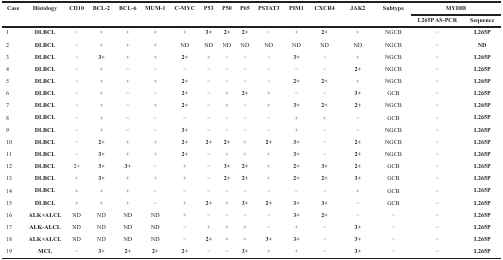
<table><thead><tr><td rowspan="2"><b>Case</b></td><td rowspan="2"><b>Histology</b></td><td rowspan="2"><b>CD10</b></td><td rowspan="2"><b>BCL-2</b></td><td rowspan="2"><b>BCL-6</b></td><td rowspan="2"><b>MUM-1</b></td><td rowspan="2"><b>C-MYC</b></td><td rowspan="2"><b>P53</b></td><td rowspan="2"><b>P50</b></td><td rowspan="2"><b>P65</b></td><td rowspan="2"><b>PSTAT3</b></td><td rowspan="2"><b>PIM1</b></td><td rowspan="2"><b>CXCR4</b></td><td rowspan="2"><b>JAK2</b></td><td rowspan="2"><b>Subtype</b></td><td colspan="2"><b>MYD88</b></td></tr><tr><td><b>L265P AS-PCR</b></td><td><b>Sequence</b></td></tr></thead><tbody><tr><td>1</td><td><b>DLBCL</b></td><td>−</td><td>+</td><td>+</td><td>+</td><td>+</td><td><b>3+</b></td><td><b>2+</b></td><td><b>2+</b></td><td>−</td><td>+</td><td><b>2+</b></td><td>+</td><td>NGCB</td><td>−</td><td><b>L265P</b></td></tr><tr><td>2</td><td><b>DLBCL</b></td><td>−</td><td>+</td><td>+</td><td>+</td><td>ND</td><td>ND</td><td>ND</td><td>ND</td><td>ND</td><td>ND</td><td>ND</td><td>ND</td><td>NGCB</td><td>−</td><td><b>ND</b></td></tr><tr><td>3</td><td><b>DLBCL</b></td><td>−</td><td><b>3+</b></td><td>+</td><td>+</td><td><b>2+</b></td><td>+</td><td>−</td><td>−</td><td>−</td><td><b>3+</b></td><td>−</td><td>+</td><td>NGCB</td><td>−</td><td><b>L265P</b></td></tr><tr><td>4</td><td><b>DLBCL</b></td><td>−</td><td>+</td><td>−</td><td>−</td><td>−</td><td>−</td><td>−</td><td>−</td><td>−</td><td>−</td><td>−</td><td><b>2+</b></td><td>NGCB</td><td>−</td><td><b>L265P</b></td></tr><tr><td>5</td><td><b>DLBCL</b></td><td>−</td><td>+</td><td>+</td><td>+</td><td><b>2+</b></td><td>−</td><td>−</td><td>−</td><td>−</td><td><b>2+</b></td><td><b>2+</b></td><td>+</td><td>NGCB</td><td>−</td><td><b>L265P</b></td></tr><tr><td>6</td><td><b>DLBCL</b></td><td>−</td><td>+</td><td>−</td><td>−</td><td><b>2+</b></td><td>−</td><td>+</td><td><b>2+</b></td><td>+</td><td>−</td><td>−</td><td><b>3+</b></td><td>GCB</td><td>−</td><td><b>L265P</b></td></tr><tr><td>7</td><td><b>DLBCL</b></td><td>−</td><td>+</td><td>−</td><td>+</td><td><b>2+</b></td><td>−</td><td>+</td><td>−</td><td>+</td><td><b>3+</b></td><td><b>2+</b></td><td><b>2+</b></td><td>NGCB</td><td>−</td><td><b>L265P</b></td></tr><tr><td>8</td><td><b>DLBCL</b></td><td>−</td><td>+</td><td>−</td><td>−</td><td>−</td><td>−</td><td>−</td><td>−</td><td>−</td><td>+</td><td>+</td><td>−</td><td>GCB</td><td>−</td><td><b>L265P</b></td></tr><tr><td>9</td><td><b>DLBCL</b></td><td>−</td><td>+</td><td>−</td><td>−</td><td><b>3+</b></td><td>−</td><td>−</td><td>−</td><td>−</td><td>+</td><td>−</td><td>−</td><td>NGCB</td><td>−</td><td><b>L265P</b></td></tr><tr><td>10</td><td><b>DLBCL</b></td><td>−</td><td><b>2+</b></td><td>+</td><td>+</td><td><b>2+</b></td><td><b>2+</b></td><td><b>2+</b></td><td>+</td><td><b>2+</b></td><td><b>3+</b></td><td>−</td><td><b>2+</b></td><td>NGCB</td><td>−</td><td><b>L265P</b></td></tr><tr><td>11</td><td><b>DLBCL</b></td><td>−</td><td><b>3+</b></td><td>+</td><td>+</td><td><b>2+</b></td><td>−</td><td>+</td><td>+</td><td>+</td><td><b>3+</b></td><td>−</td><td><b>2+</b></td><td>NGCB</td><td>−</td><td><b>L265P</b></td></tr><tr><td>12</td><td><b>DLBCL</b></td><td>2+</td><td><b>3+</b></td><td><b>3+</b></td><td>−</td><td>+</td><td>−</td><td><b>3+</b></td><td><b>2+</b></td><td>+</td><td><b>2+</b></td><td><b>3+</b></td><td><b>2+</b></td><td>GCB</td><td>−</td><td><b>L265P</b></td></tr><tr><td>13</td><td><b>DLBCL</b></td><td>+</td><td><b>3+</b></td><td>+</td><td>+</td><td>+</td><td>−</td><td><b>2+</b></td><td><b>2+</b></td><td>+</td><td><b>2+</b></td><td><b>2+</b></td><td><b>3+</b></td><td>GCB</td><td>−</td><td><b>L265P</b></td></tr><tr><td>14</td><td><b>DLBCL</b></td><td>+</td><td>+</td><td>+</td><td>−</td><td>−</td><td>−</td><td>−</td><td>−</td><td>−</td><td>−</td><td>−</td><td>+</td><td>GCB</td><td>−</td><td><b>L265P</b></td></tr><tr><td>15</td><td><b>DLBCL</b></td><td>+</td><td>+</td><td>+</td><td>−</td><td>+</td><td><b>2+</b></td><td>+</td><td><b>3+</b></td><td><b>2+</b></td><td><b>3+</b></td><td><b>3+</b></td><td>−</td><td>GCB</td><td>−</td><td><b>L265P</b></td></tr><tr><td>16</td><td><b>ALK+ALCL</b></td><td>ND</td><td>ND</td><td>ND</td><td>ND</td><td>+</td><td>−</td><td>−</td><td>−</td><td>−</td><td><b>3+</b></td><td><b>2+</b></td><td>−</td><td>−</td><td>−</td><td><b>L265P</b></td></tr><tr><td>17</td><td><b>ALK-ALCL</b></td><td>ND</td><td>ND</td><td>ND</td><td>ND</td><td>−</td><td>+</td><td>+</td><td>+</td><td>−</td><td>+</td><td>−</td><td><b>3+</b></td><td>−</td><td>−</td><td><b>L265P</b></td></tr><tr><td>18</td><td><b>ALK+ALCL</b></td><td>ND</td><td>ND</td><td>ND</td><td>ND</td><td>−</td><td><b>2+</b></td><td>+</td><td>+</td><td><b>3+</b></td><td><b>3+</b></td><td>−</td><td><b>3+</b></td><td>−</td><td>−</td><td><b>L265P</b></td></tr><tr><td>19</td><td><b>MCL</b></td><td>−</td><td><b>3+</b></td><td><b>2+</b></td><td><b>2+</b></td><td><b>2+</b></td><td>−</td><td>−</td><td><b>3+</b></td><td>+</td><td>+</td><td>−</td><td><b>3+</b></td><td>−</td><td>−</td><td><b>L265P</b></td></tr></tbody></table>